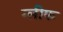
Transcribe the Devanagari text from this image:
ग्लीफ